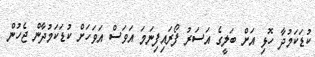
ކުޑަކަމުދާ ހޮޅި އަށް ބަލީގެ އަސަރު ފޯރައިފިނަމަ އަވަސް އަވަހަށް ކުޑަކަމުދާން ޖެހުން